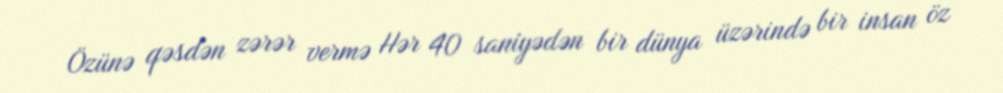
Özünə qəsdən zərər vermə Hər 40 saniyədən bir dünya üzərində bir insan öz